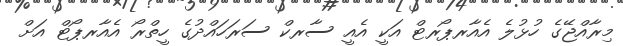
މިރާއްޖޭގެ ހުޅުލެ އެއާރޕޯރޓް އަކީ އެއީ ސާރކް ސަރަހައްދުގެ ހީތްރޯ އެއާރޕޯޓް އަށް